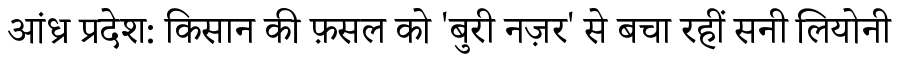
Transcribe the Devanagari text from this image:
आंध्र प्रदेश: किसान की फ़सल को 'बुरी नज़र' से बचा रहीं सनी लियोनी